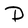
Character: D